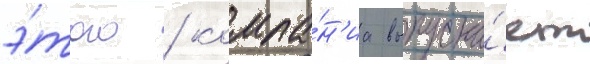
э́того / компа́н'иа выпуска́ет